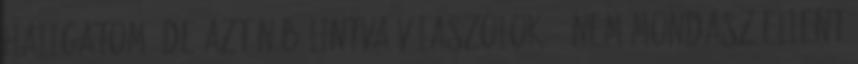
hallgatom, de aztán bólintva válaszolok: - Nem mondasz ellent